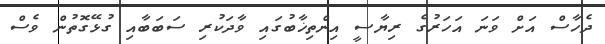
ދެހާސް އަށް ވަނަ އަހަރުގެ ރިޔާސީ އިންތިޚާބުގައި ވާދަކުރި ސަބަބާއި ގުޅޭގޮތުން ވެސް